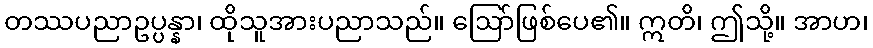
တဿပညာဥပ္ပန္နာ၊ ထိုသူအားပညာသည်။ ဩော်ဖြစ်ပေ၏။ ဣတိ၊ ဤသို့။ အာဟ၊